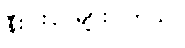
နီးပါးပို များပါတယ်။